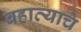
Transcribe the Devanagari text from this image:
बहाव्याचे